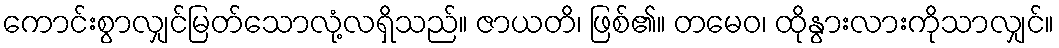
ကောင်းစွာလျှင်မြတ်သောလုံ့လရှိသည်။ ဇာယတိ၊ ဖြစ်၏။ တမေဝ၊ ထိုနွားလားကိုသာလျှင်။